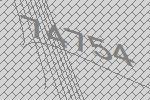
74754